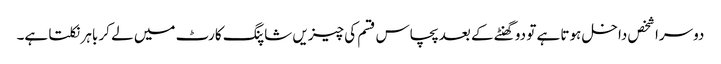
دوسرا شخص داخل ہوتا ہے تو دو گھنٹے کے بعد پچاس قسم کی چیزیں شاپنگ کارٹ میں لے کر باہر نکلتا ہے۔